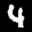
Label: 4